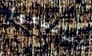
استمعوا